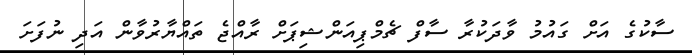
ސާކުގެ އަށް ގައުމު ވާދަކުރާ ސާފް ޗެމްޕިއަންޝިޕަށް ރާއްޖެ ތައްޔާރުވާން އަދި ނުފަށަ